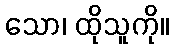
သော၊ ထိုသူကို။